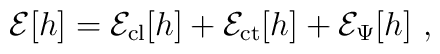
{\cal E}[h] = {\cal E}_{\rm cl}[h] + {\cal E}_{\rm ct}[h]    + {\cal E}_{\Psi}[h]\ ,